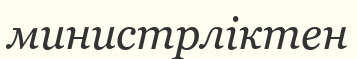
министрліктен